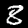
Label: 8